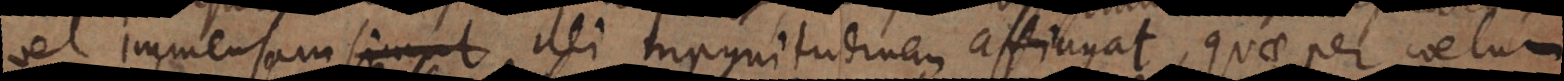
el immensam simul illi magnitudinem affingat, quae per coel